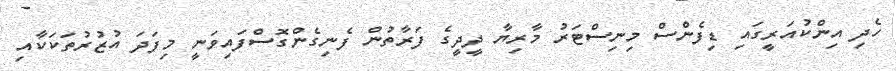
ހެދި އިންކުއަރީގައި ޑިފެންސް މިނިސްޓަރު މާރިޔާ ދީދީގެ ފަރާތުން ފެނިގެންގޮސްފައިވަނީ މިފަދަ އުޒުރުތަކަކާއި